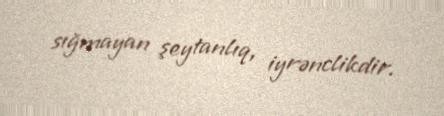
sığmayan şeytanlıq, iyrənclikdir.